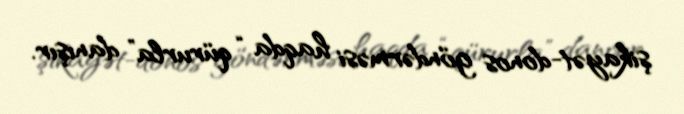
şikayət-donos göndərməsi haqda “qürurla” danışır.